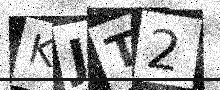
Text: KJT2